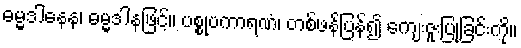
ဓမ္မဒါနေန၊ ဓမ္မဒါနဖြင့်။ ပစ္စုပကာရဏံ၊ တစ်ဖန်ပြန်၍ ကျေးဇူးပြုခြင်းကို။